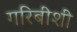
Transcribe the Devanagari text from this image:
गरिबीशी